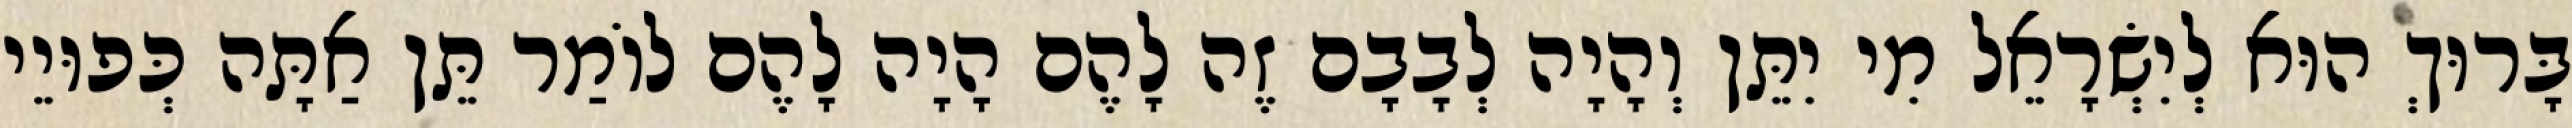
בָּרוּךְ הוּא לְיִשְׂרָאֵל מִי יִתֵּן וְהָיָה לְבָבָם זֶה לָהֶם הָיָה לָהֶם לוֹמַר תֵּן אַתָּה כְּפוּיֵי